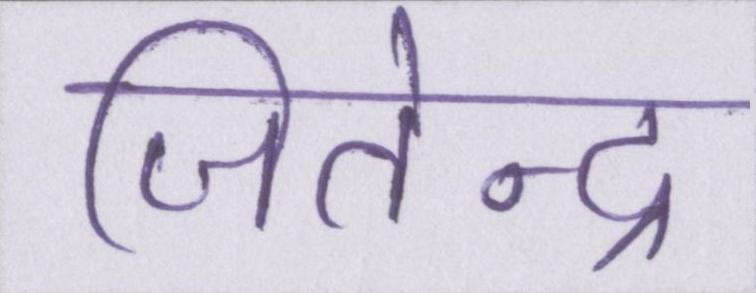
जितेन्द्र